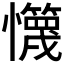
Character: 𰒢